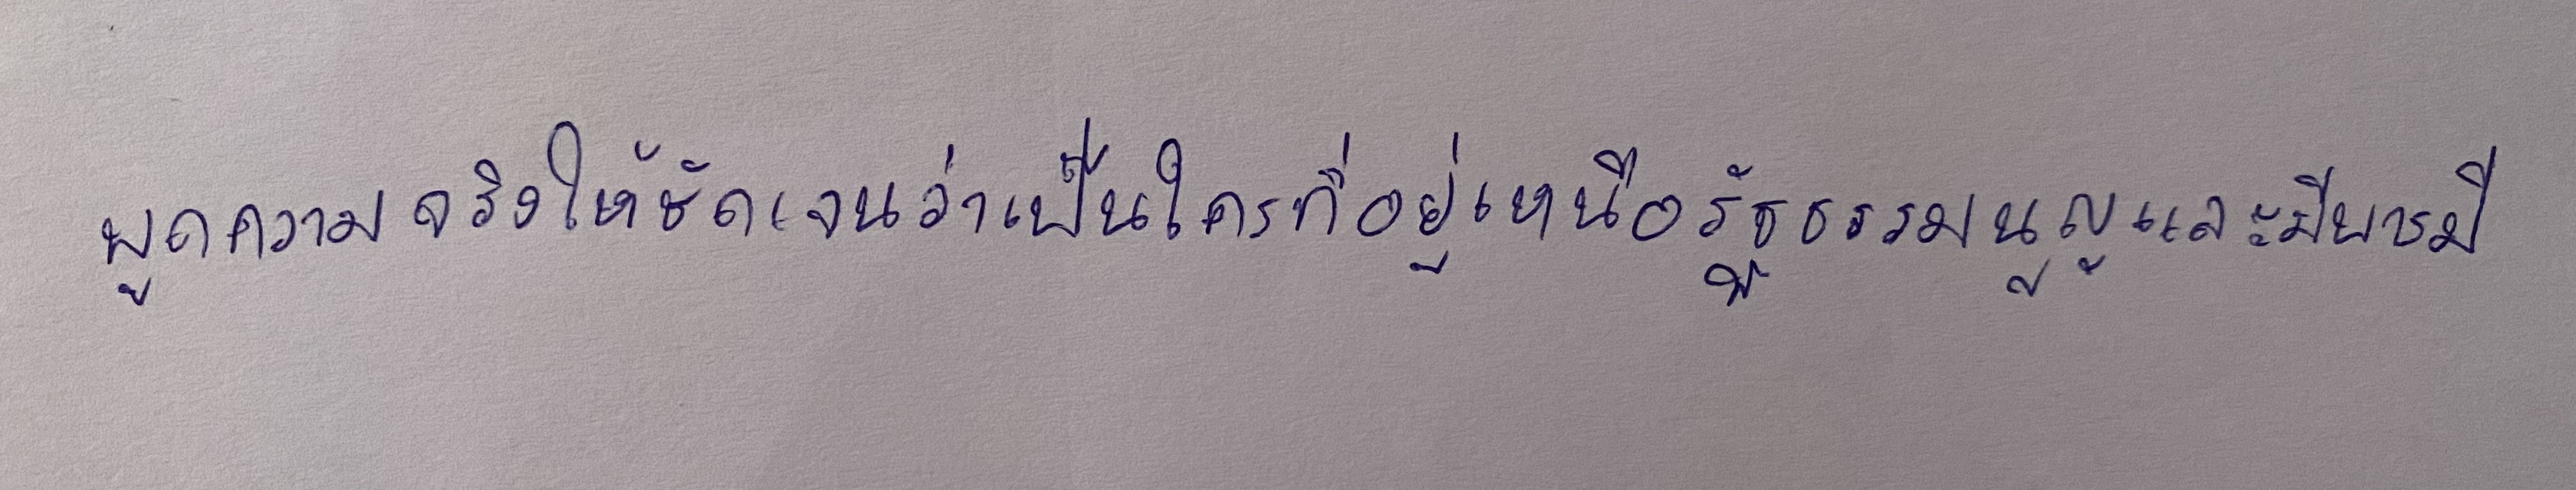
พูดความจริงให้ชัดเจนว่าเป็นใครที่อยู่เหนือรัฐธรรมนูญและมีบารมี